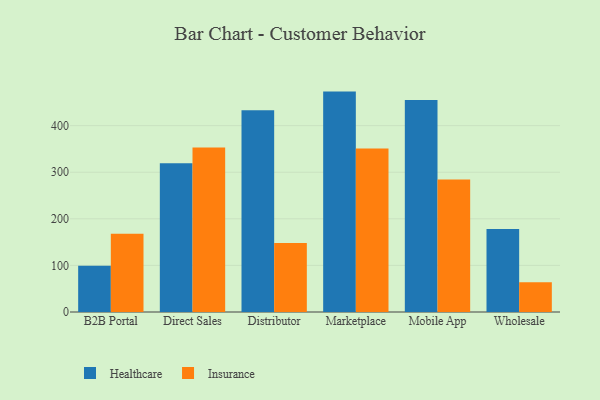
{"axis": {"x": "Channel", "y": "Satisfaction Score"}, "legend": ["Healthcare", "Insurance"], "data": [{"x": "B2B Portal", "y": 99.0, "type": "Healthcare"}, {"x": "B2B Portal", "y": 168.2, "type": "Insurance"}, {"x": "Direct Sales", "y": 319.1, "type": "Healthcare"}, {"x": "Direct Sales", "y": 352.9, "type": "Insurance"}, {"x": "Distributor", "y": 433.1, "type": "Healthcare"}, {"x": "Distributor", "y": 147.9, "type": "Insurance"}, {"x": "Marketplace", "y": 473.0, "type": "Healthcare"}, {"x": "Marketplace", "y": 350.8, "type": "Insurance"}, {"x": "Mobile App", "y": 454.8, "type": "Healthcare"}, {"x": "Mobile App", "y": 284.2, "type": "Insurance"}, {"x": "Wholesale", "y": 177.9, "type": "Healthcare"}, {"x": "Wholesale", "y": 63.7, "type": "Insurance"}]}